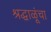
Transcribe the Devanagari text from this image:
श्रद्धाळूंचा